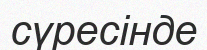
сүресінде